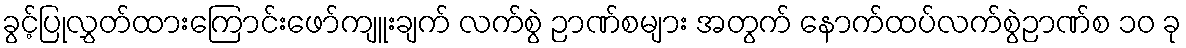
ခွင့်ပြုလွှတ်ထားကြောင်းဖော်ကျူးချက် လက်စွဲ ဉာဏ်စများ အတွက် နောက်ထပ်လက်စွဲဉာဏ်စ ၁၀ ခု